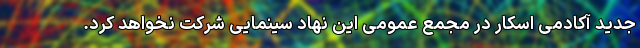
جدید آکادمی اسکار در مجمع عمومی این نهاد سینمایی شرکت نخواهد کرد.